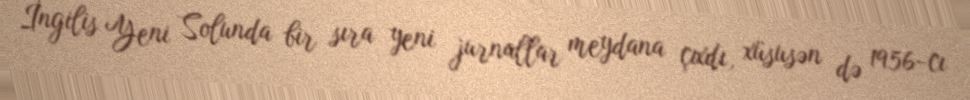
İngilis Yeni Solunda bir sıra yeni jurnallar meydana çıxdı, xüsusən də 1956-cı